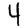
Digit: 4